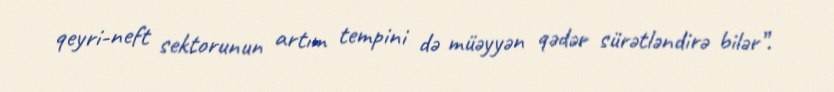
qeyri-neft sektorunun artım tempini də müəyyən qədər sürətləndirə bilər”.